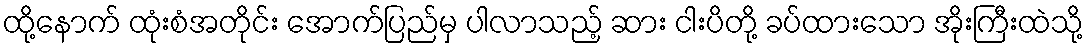
ထို့နောက် ထုံးစံအတိုင်း အောက်ပြည်မှ ပါလာသည့် ဆား ငါးပိတို့ ခပ်ထားသော အိုးကြီးထဲသို့